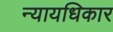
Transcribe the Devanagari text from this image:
न्यायधिकार